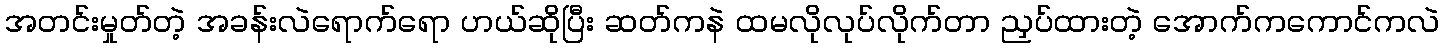
အတင်းမှုတ်တဲ့ အခန်းလဲရောက်ရော ဟယ်ဆိုပြီး ဆတ်ကနဲ ထမလိုလုပ်လိုက်တာ ညှပ်ထားတဲ့ အောက်ကကောင်ကလဲ